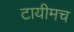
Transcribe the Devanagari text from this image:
टायीमच